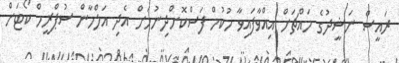
ރައީސް ނަޝީދުގެ މައްޗަށް އިއްވާފައިވާ ހުކުމް ފަސްކޮށްދިނުމަށް އެދި އަލްހާން ސުޕްރީމް ކޯޓަށް